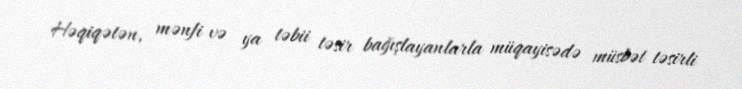
Həqiqətən, mənfi və ya təbii təsir bağışlayanlarla müqayisədə müsbət təsirli